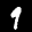
Label: 9